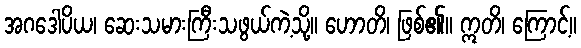
အဂဒေါပိယ၊ ဆေးသမားကြီးသဖွယ်ကဲ့သို့။ ဟောတိ၊ ဖြစ်၏။ ဣတိ၊ ကြောင့်။